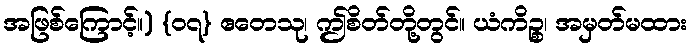
အဖြစ်ကြောင့်။) {၀၇} ဧတေသု၊ ဤစိတ်တို့တွင်။ ယံကိဉ္စ၊ အမှတ်မထား